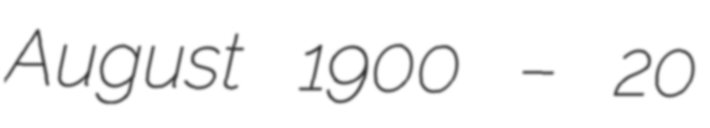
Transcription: August 1900 – 20